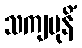
သကျမုနိံ